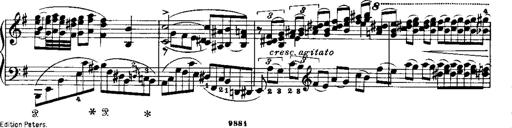
Title: RÃ©miniscences de Norma de Bellini
Composer: Franz Liszt